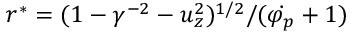
r ^ { * } = ( 1 - \gamma ^ { - 2 } - u _ { z } ^ { 2 } ) ^ { 1 / 2 } / ( \dot { \varphi _ { p } } + 1 )